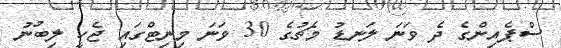
ސްޕެއިންގެ ދެ ވަނަ ލަނޑު މެޗުގެ 30 ވަނަ މިނިޓްގައި ޖެހީ ލިބުނު